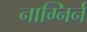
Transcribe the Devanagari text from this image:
नाग्निर्न